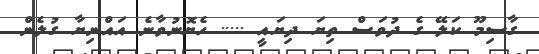
ގާސިމޫ ކަލޭ ގެ ދުވަސް ތިޔަ ދިޔައީ ..... ހެޔޮނުވާނެ އައްނިޔާ ގުލެން